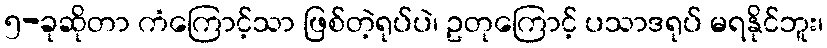
၅-ခုဆိုတာ ကံကြောင့်သာ ဖြစ်တဲ့ရုပ်ပဲ၊ ဥတုကြောင့် ပသာဒရုပ် မရနိုင်ဘူး၊